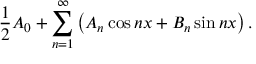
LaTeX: { \frac { 1 } { 2 } } A _ { 0 } + \sum _ { n = 1 } ^ { \infty } \left( A _ { n } \cos n x + B _ { n } \sin n x \right) .